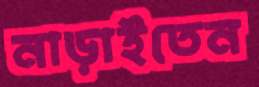
নাড়াইতেন